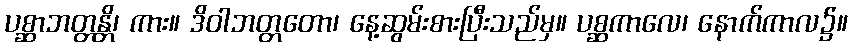
ပစ္ဆာဘတ္တန္တိ၊ ကား။ ဒိဝါဘတ္တတော၊ နေ့ဆွမ်းစားပြီးသည်မှ။ ပစ္ဆကာလေ၊ နောက်ကာလ၌။